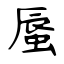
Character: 蜃